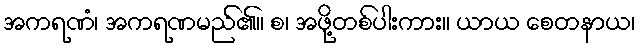
အကရဏံ၊ အကရဏမည်၏။ စ၊ အဖို့တစ်ပါးကား။ ယာယ စေတနာယ၊